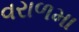
વરાળમા